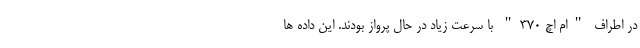
در اطراف "ام اچ ۳۷۰" با سرعت زیاد در حال پرواز بودند. این داده ها